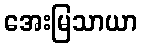
အေးမြသာယာ